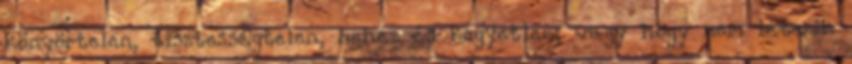
könyörtelen, tisztességtelen, nehéz és kegyetlen; vagy hogy nem létezik